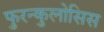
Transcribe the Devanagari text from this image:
फुरन्कुलोसिस